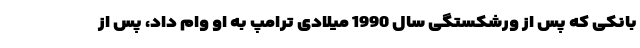
بانکی که پس از ورشکستگی سال 1990 میلادی ترامپ به او وام داد، پس از